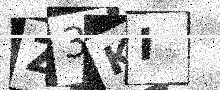
Text: Z3KI